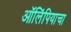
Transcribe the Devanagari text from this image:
ऑलिंपियाचा